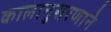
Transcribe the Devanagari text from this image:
कालानुसरणाने